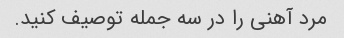
مرد آهنی را در سه جمله توصیف کنید.